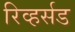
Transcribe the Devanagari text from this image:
रिव्हर्सड